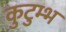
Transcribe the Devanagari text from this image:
कुटुम्भ